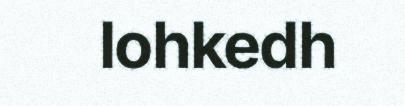
lohkedh